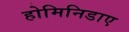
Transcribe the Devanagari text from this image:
होमिनिडाए